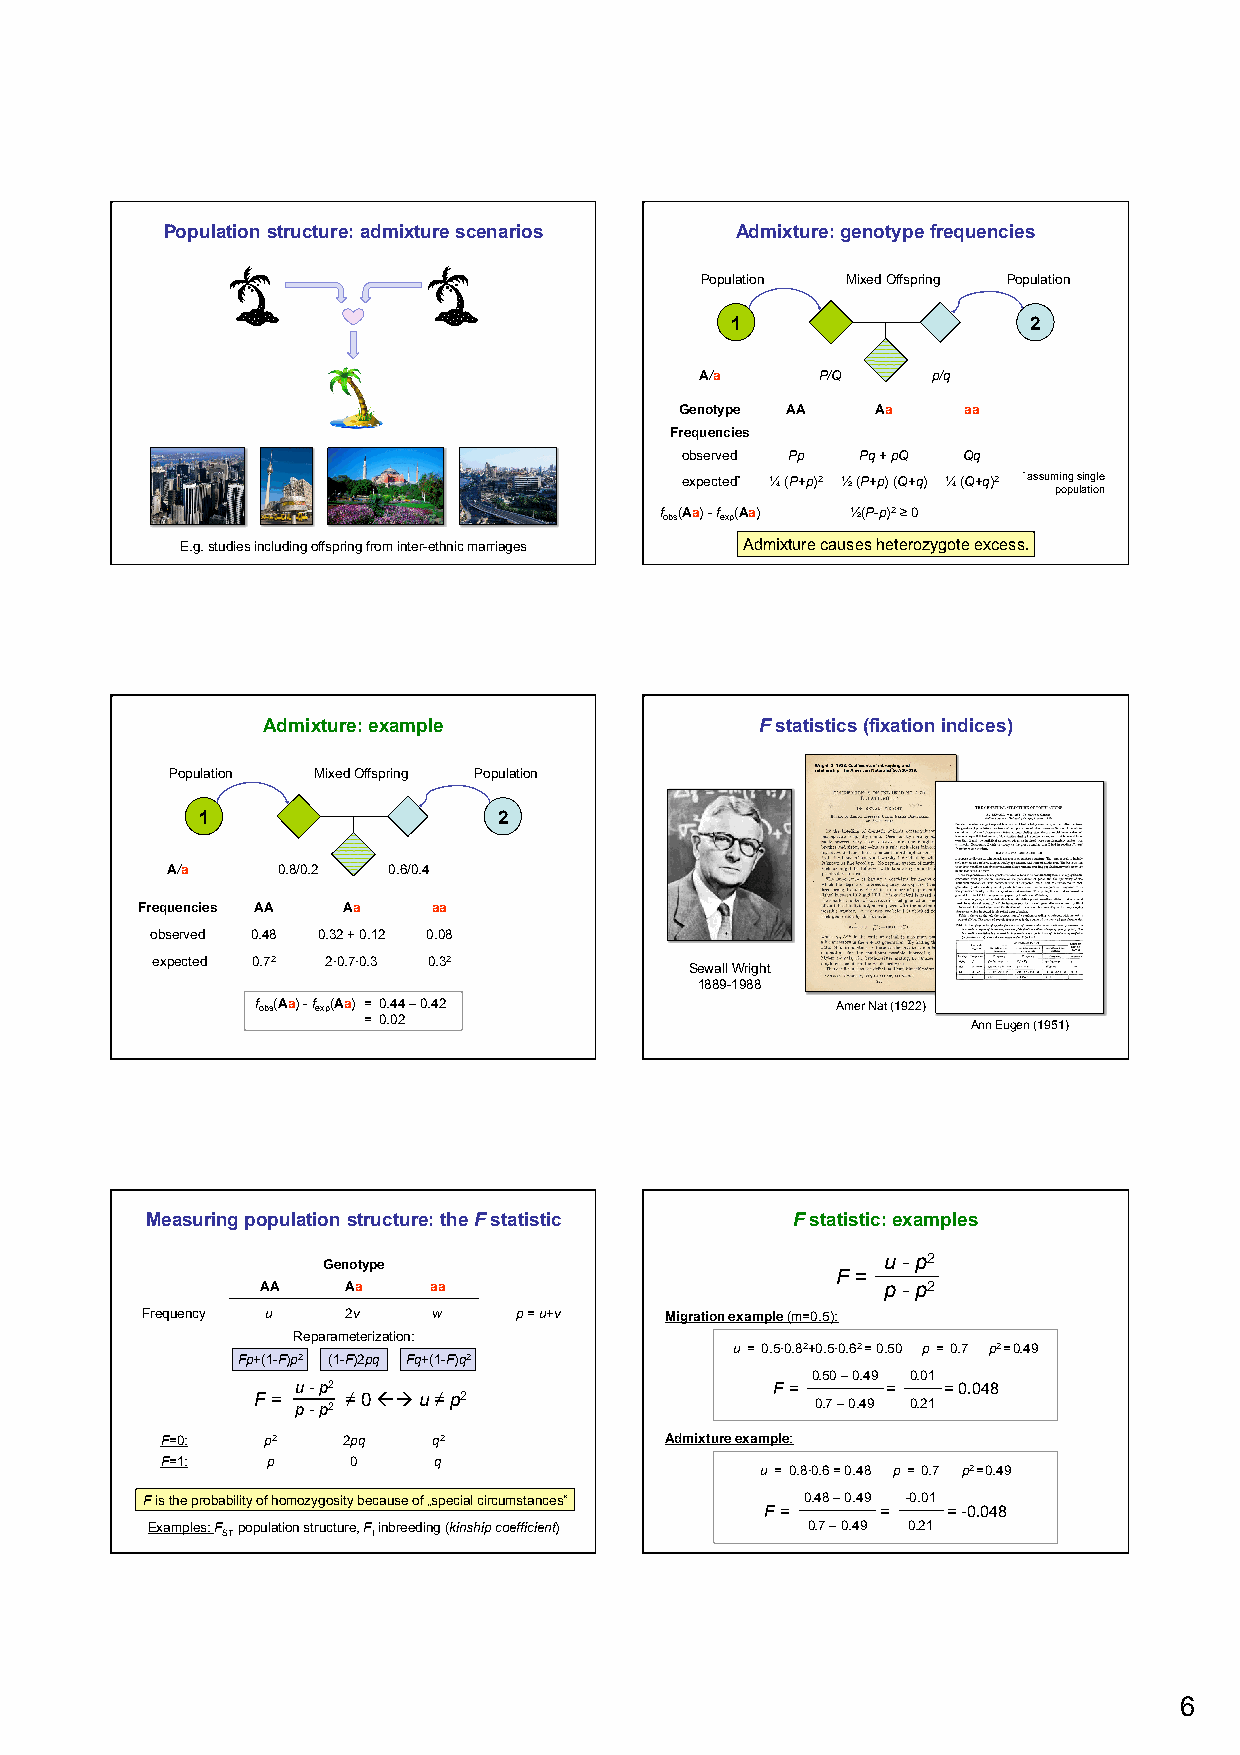
Population structure: admixture scenarios Admixture: genotype frequencies
 Population Mixed Offspring Population
 1                   2
 A/a     P/Q     p/q
 Genotype AA  Aa    aa
 Frequencies
 observed Pp Pq + pQ Qq
 expected* ¼ (P+p)2 ½ (P+p) (Q+q) ¼ (Q+q)2 * assuming single
 population
 f (Aa) - f (Aa) ½(P-p)2 ≥ 0
 obs exp
 E.g. studies including offspring from inter-ethnic marriages Admixture causes heterozygote excess.
 Admixture: example               F statistics (fixation indices)
 Population Mixed Offspring Population
 1                   2
 A/a    0.8/0.2 0.6/0.4
 Frequencies AA Aa   aa
 observed 0.48 0.32 + 0.12 0.08
 expected 0.72 2·0.7·0.3 0.32
 Sewall Wright
 1889-1988
 f obs(Aa) - f exp(Aa) = 0.44 – 0.42   Amer Nat (1922)
 = 0.02                                  Ann Eugen (1951)
 Measuring population structure: the F statistic F statistic: examples
 Genotype                              u - p2
 F =
 AA    Aa   aa                            p - p2
 Frequency u   2v    w    p = u+v   Migration example (m=0.5):
 Reparameterization:
 u = 0.5·0.82+0.5·0.62 = 0.50 p = 0.7 p2 = 0.49
 Fp+(1-F)p2 (1-F)2pq Fq+(1-F)q2
 0.50 – 0.49 0.01
 u - p2                         F =     =  = 0.048
 F = p - p2 ≠ 0 ßà u ≠ p2           0.7 – 0.49 0.21
 F=0:  p2    2pq   q2             Admixture example:
 F=1:   p    0     q
 u = 0.8·0.6 = 0.48 p = 0.7 p2 = 0.49
 F is the probability of homozygosity because of „special circumstances“
 F =
 0.48 – 0.49
 =
 -0.01
 = -0.048
 Examples: F population structure, F inbreeding (kinship coefficient) 0.7 – 0.49 0.21
 ST        I
 6